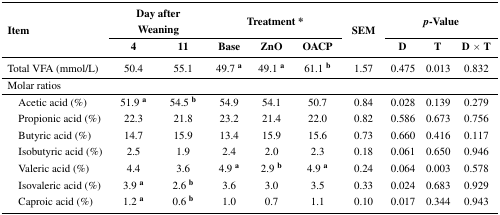
<table><thead><tr><td rowspan="2"><b>Item</b></td><td colspan="2"><b>Day after Weaning</b></td><td colspan="3"><b>Treatment *</b></td><td rowspan="2"><b>SEM</b></td><td colspan="3"><b><i>p</i>-Value</b></td></tr><tr><td><b>4</b></td><td><b>11</b></td><td><b>Base</b></td><td><b>ZnO</b></td><td><b>OACP</b></td><td><b>D</b></td><td><b>T</b></td><td><b>D × T</b></td></tr></thead><tbody><tr><td>Total VFA (mmol/L)</td><td>50.4</td><td>55.1</td><td>49.7 <b><sup>a</sup></b></td><td>49.1 <b><sup>a</sup></b></td><td>61.1 <b><sup>b</sup></b></td><td>1.57</td><td>0.475</td><td>0.013</td><td>0.832</td></tr><tr><td>Molar ratios</td><td></td><td></td><td></td><td></td><td></td><td></td><td></td><td></td><td></td></tr><tr><td> Acetic acid (%)</td><td>51.9 <b><sup>a</sup></b></td><td>54.5 <b><sup>b</sup></b></td><td>54.9</td><td>54.1</td><td>50.7</td><td>0.84</td><td>0.028</td><td>0.139</td><td>0.279</td></tr><tr><td> Propionic acid (%)</td><td>22.3</td><td>21.8</td><td>23.2</td><td>21.4</td><td>22.0</td><td>0.82</td><td>0.586</td><td>0.673</td><td>0.756</td></tr><tr><td> Butyric acid (%)</td><td>14.7</td><td>15.9</td><td>13.4</td><td>15.9</td><td>15.6</td><td>0.73</td><td>0.660</td><td>0.416</td><td>0.117</td></tr><tr><td> Isobutyric acid (%)</td><td>2.5</td><td>1.9</td><td>2.4</td><td>2.0</td><td>2.3</td><td>0.18</td><td>0.061</td><td>0.650</td><td>0.946</td></tr><tr><td> Valeric acid (%)</td><td>4.4</td><td>3.6</td><td>4.9 <b><sup>a</sup></b></td><td>2.9 <b><sup>b</sup></b></td><td>4.9 <b><sup>a</sup></b></td><td>0.24</td><td>0.064</td><td>0.003</td><td>0.578</td></tr><tr><td> Isovaleric acid (%)</td><td>3.9 <b><sup>a</sup></b></td><td>2.6 <b><sup>b</sup></b></td><td>3.6</td><td>3.0</td><td>3.5</td><td>0.33</td><td>0.024</td><td>0.683</td><td>0.929</td></tr><tr><td> Caproic acid (%)</td><td>1.2 <b><sup>a</sup></b></td><td>0.6 <b><sup>b</sup></b></td><td>1.0</td><td>0.7</td><td>1.1</td><td>0.10</td><td>0.017</td><td>0.344</td><td>0.943</td></tr></tbody></table>